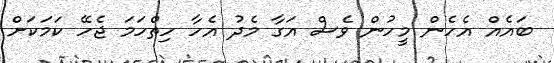
ބައެއް އެހެން މީހުން ވެސް އަގާ މެދު އެހާ ހިތްހަމަ ޖެހޭ ކަމަކަށް